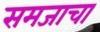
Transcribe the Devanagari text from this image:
समजाचा